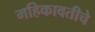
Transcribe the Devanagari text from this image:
महिकावतीचे